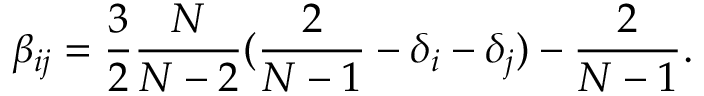
\beta _ { i j } = \frac { 3 } { 2 } \frac { N } { N - 2 } ( \frac { 2 } { N - 1 } - \delta _ { i } - \delta _ { j } ) - \frac { 2 } { N - 1 } .